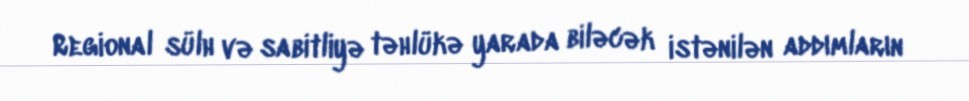
Regional sülh və sabitliyə təhlükə yarada biləcək istənilən addımların